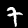
Label: 7